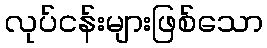
လုပ်ငန်းများဖြစ်သော